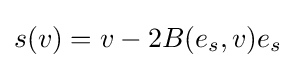
s(v)=v-2B(e_{s},v)e_{s}